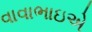
વાવાભાઇએ